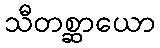
သီတစ္ဆာယော